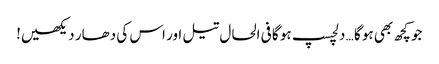
جو کچھ بھی ہو گا … دلچسپ ہو گا فی الحال تیل اور اس کی دھار دیکھیں!